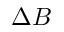
\Delta B